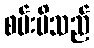
စမ်းမိသည်